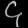
Digit: ၄